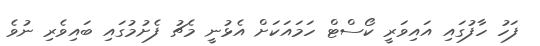
ފަހު ހާފުގައި އައިވަރީ ކޯސްޓް ހަމައަކަށް އެޅުނީ މެޗު ފެށުމުގައި ބައިވެރި ނުވެ